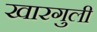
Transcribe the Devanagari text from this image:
खारगुली